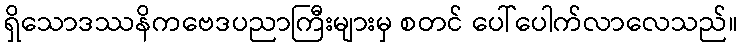
ရှိသောဒဿနိကဗေဒပညာကြီးများမှ စတင် ပေါ်ပေါက်လာလေသည်။